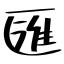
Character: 匯